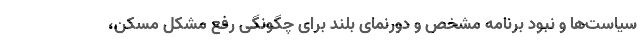
سیاست‌ها و نبود برنامه مشخص و دورنمای بلند برای چگونگی رفع مشکل مسکن،